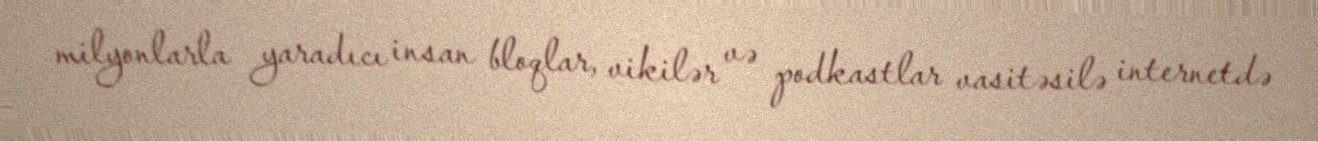
milyonlarla yaradıcı insan bloqlar, vikilər və podkastlar vasitəsilə internetdə